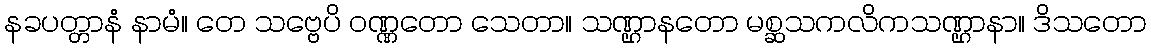
နခပတ္တာနံ နာမံ။ တေ သဗ္ဗေပိ ဝဏ္ဏတော သေတာ။ သဏ္ဌာနတော မစ္ဆသကလိကသဏ္ဌာနာ။ ဒိသတော